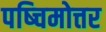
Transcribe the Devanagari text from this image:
पष्चिमोत्तर